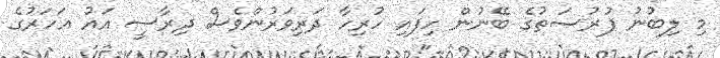
މި ލިބުނު ފުރުޞަތުގެ ބޭނުން ހިފައި ހުރިހާ ދަރިވަރުންވެސް ދިރާސީ އައު އަހަރުގެ